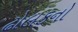
ઢોલકનો